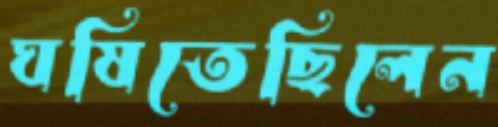
ঘষিতেছিলেন